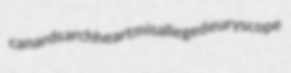
canards archheart misalleged euryscope